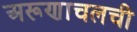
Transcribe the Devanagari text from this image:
अरूणाचलची